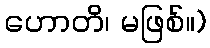
ဟောတိ၊ မဖြစ်။)